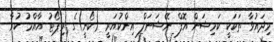
މިދައުވާ ތަކަކީ ކަމިޝަން އޮފް ނޭޝަނަލް އިންކުއަރީ (ކޯނީ)ގެ ރިޕޯޓު އާއްމު ކުރާ